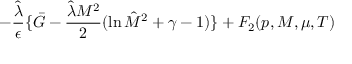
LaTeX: - { \frac { \hat { \lambda } } { \epsilon } } \{ \bar { G } - { \frac { { \hat { \lambda } } M ^ { 2 } } { 2 } } ( \ln { \hat { M } } ^ { 2 } + \gamma - 1 ) \} + F _ { 2 } { ( p , M , \mu , T ) }